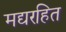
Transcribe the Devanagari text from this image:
मद्यरहित